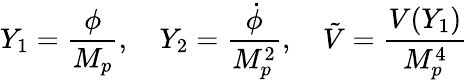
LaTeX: Y_{1}={\frac{\phi}{M_{p}}},\quad Y_{2}={\frac{\dot{\phi}}{M_{p}^{2}}},\quad\tilde{V}={\frac{V(Y_{1})}{M_{p}^{4}}}